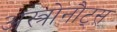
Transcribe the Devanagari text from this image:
अस्त्रोनौट्स